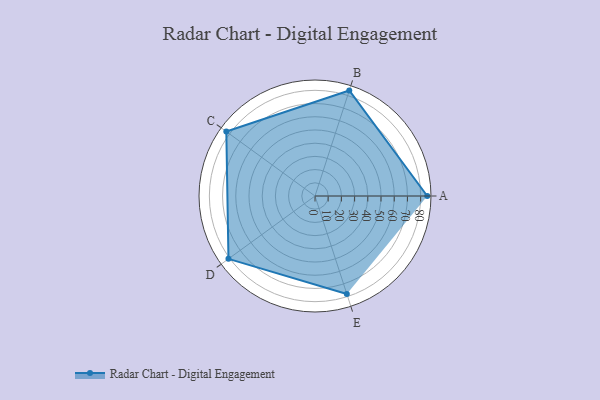
{"axis": {"x": "Skill", "y": "Score"}, "legend": ["Profile"], "data": [{"x": "A", "y": 85.0, "type": "Profile"}, {"x": "B", "y": 84.0, "type": "Profile"}, {"x": "C", "y": 83.0, "type": "Profile"}, {"x": "D", "y": 81.0, "type": "Profile"}, {"x": "E", "y": 78.0, "type": "Profile"}]}